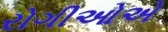
રોગીઓએ